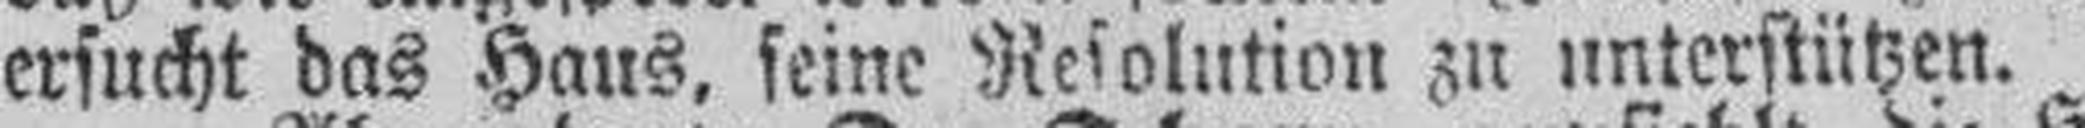
ersucht das Haus, seine Resolution zu unterstützen.